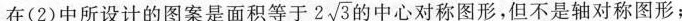
在(2)中所设计的图案是面积等于2 \sqrt{3}的中心对称图形，但不是轴对称图形；